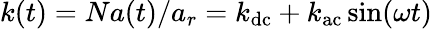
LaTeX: k(t)=Na(t)/a_{r}=k_{\mathrm{dc}}+k_{\mathrm{ac}}\sin(\omega t)